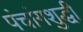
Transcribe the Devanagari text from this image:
पंचांगशुद्धी